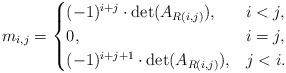
LaTeX: \begin{align*} m_{i,j} = \begin{cases}(-1)^{i+j} \cdot \det ( A_{R(i,j)} ), & i < j,\\0, & i = j, \\(-1)^{i+j+1} \cdot \det ( A_{R(i,j)} ), & j < i.\end{cases}\end{align*}